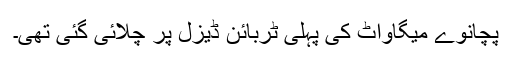
پچانوے میگاواٹ کی پہلی ٹربائن ڈیزل پر چلائی گئی تھی۔